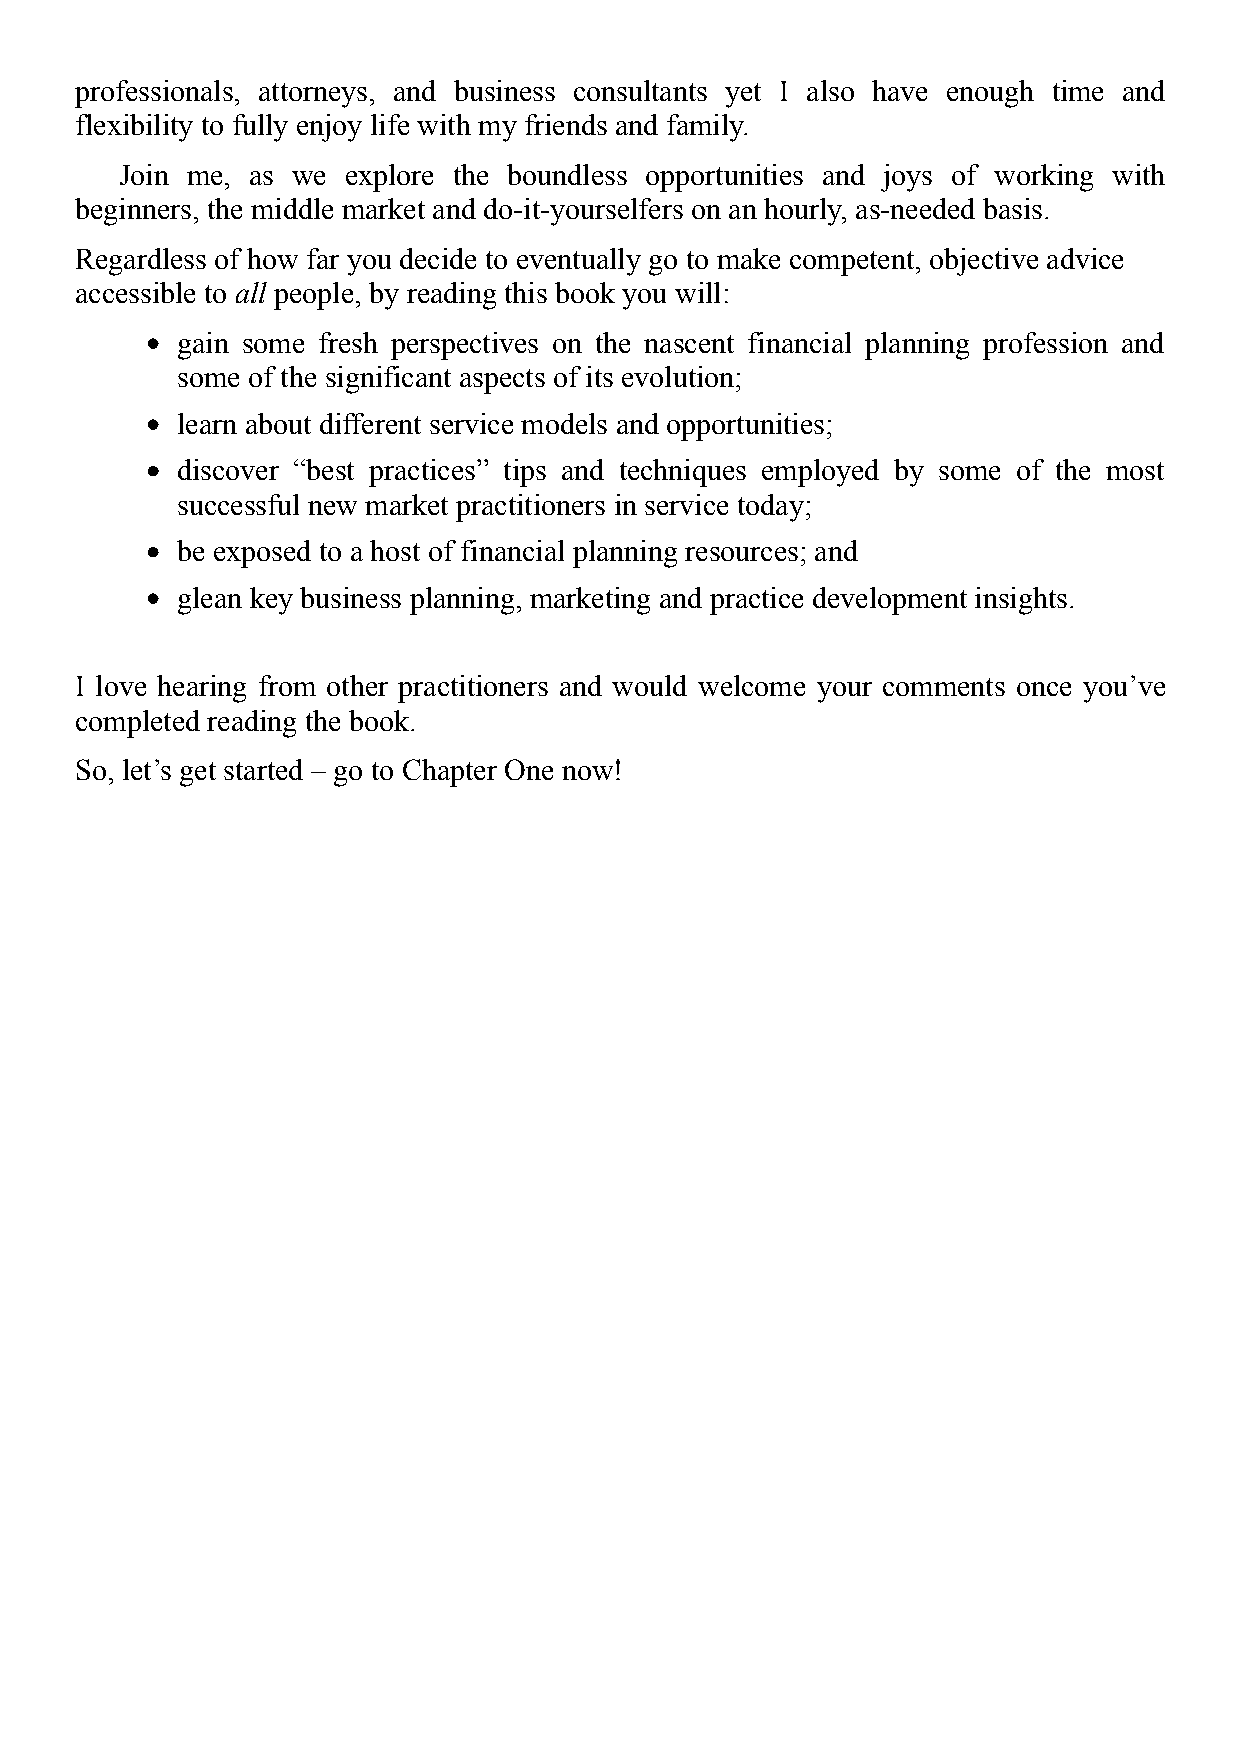
professionals, attorneys, and business consultants yet I also have enough time and
 flexibility to fully enjoy life with my friends and family.
 Join me, as we explore the boundless opportunities and joys of working with
 beginners, the middle market and do-it-yourselfers on an hourly, as-needed basis.
 Regardless of how far you decide to eventually go to make competent, objective advice
 accessible to all people, by reading this book you will:
 gain some fresh perspectives on the nascent financial planning profession and
 some of the significant aspects of its evolution;
 learn about different service models and opportunities;
 discover “best practices” tips and techniques employed by some of the most
 successful new market practitioners in service today;
 be exposed to a host of financial planning resources; and
 glean key business planning, marketing and practice development insights.
 I love hearing from other practitioners and would welcome your comments once you’ve
 completed reading the book.
 So, let’s get started – go to Chapter One now!